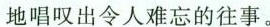
地唱叹出令人难忘的往事。